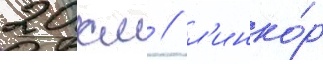
20 км / л'инко́р